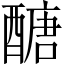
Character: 醣